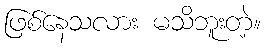
ဖြစ်နေသလား မသိဘူးတဲ့။